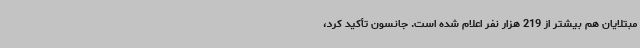
مبتلایان هم بیشتر از 219 هزار نفر اعلام شده است. جانسون تأکید کرد،